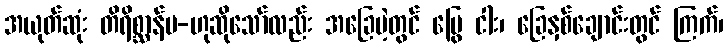
အယုတ်ဆုံး တိရိစ္ဆာန်မ-ဟုဆိုသော်လည်း အခြေမဲ့တွင် မြွေ ငါး၊ ခြေနှစ်ချောင်းတွင် ကြက်၊